Trukikaitis_Postimees, lk 155
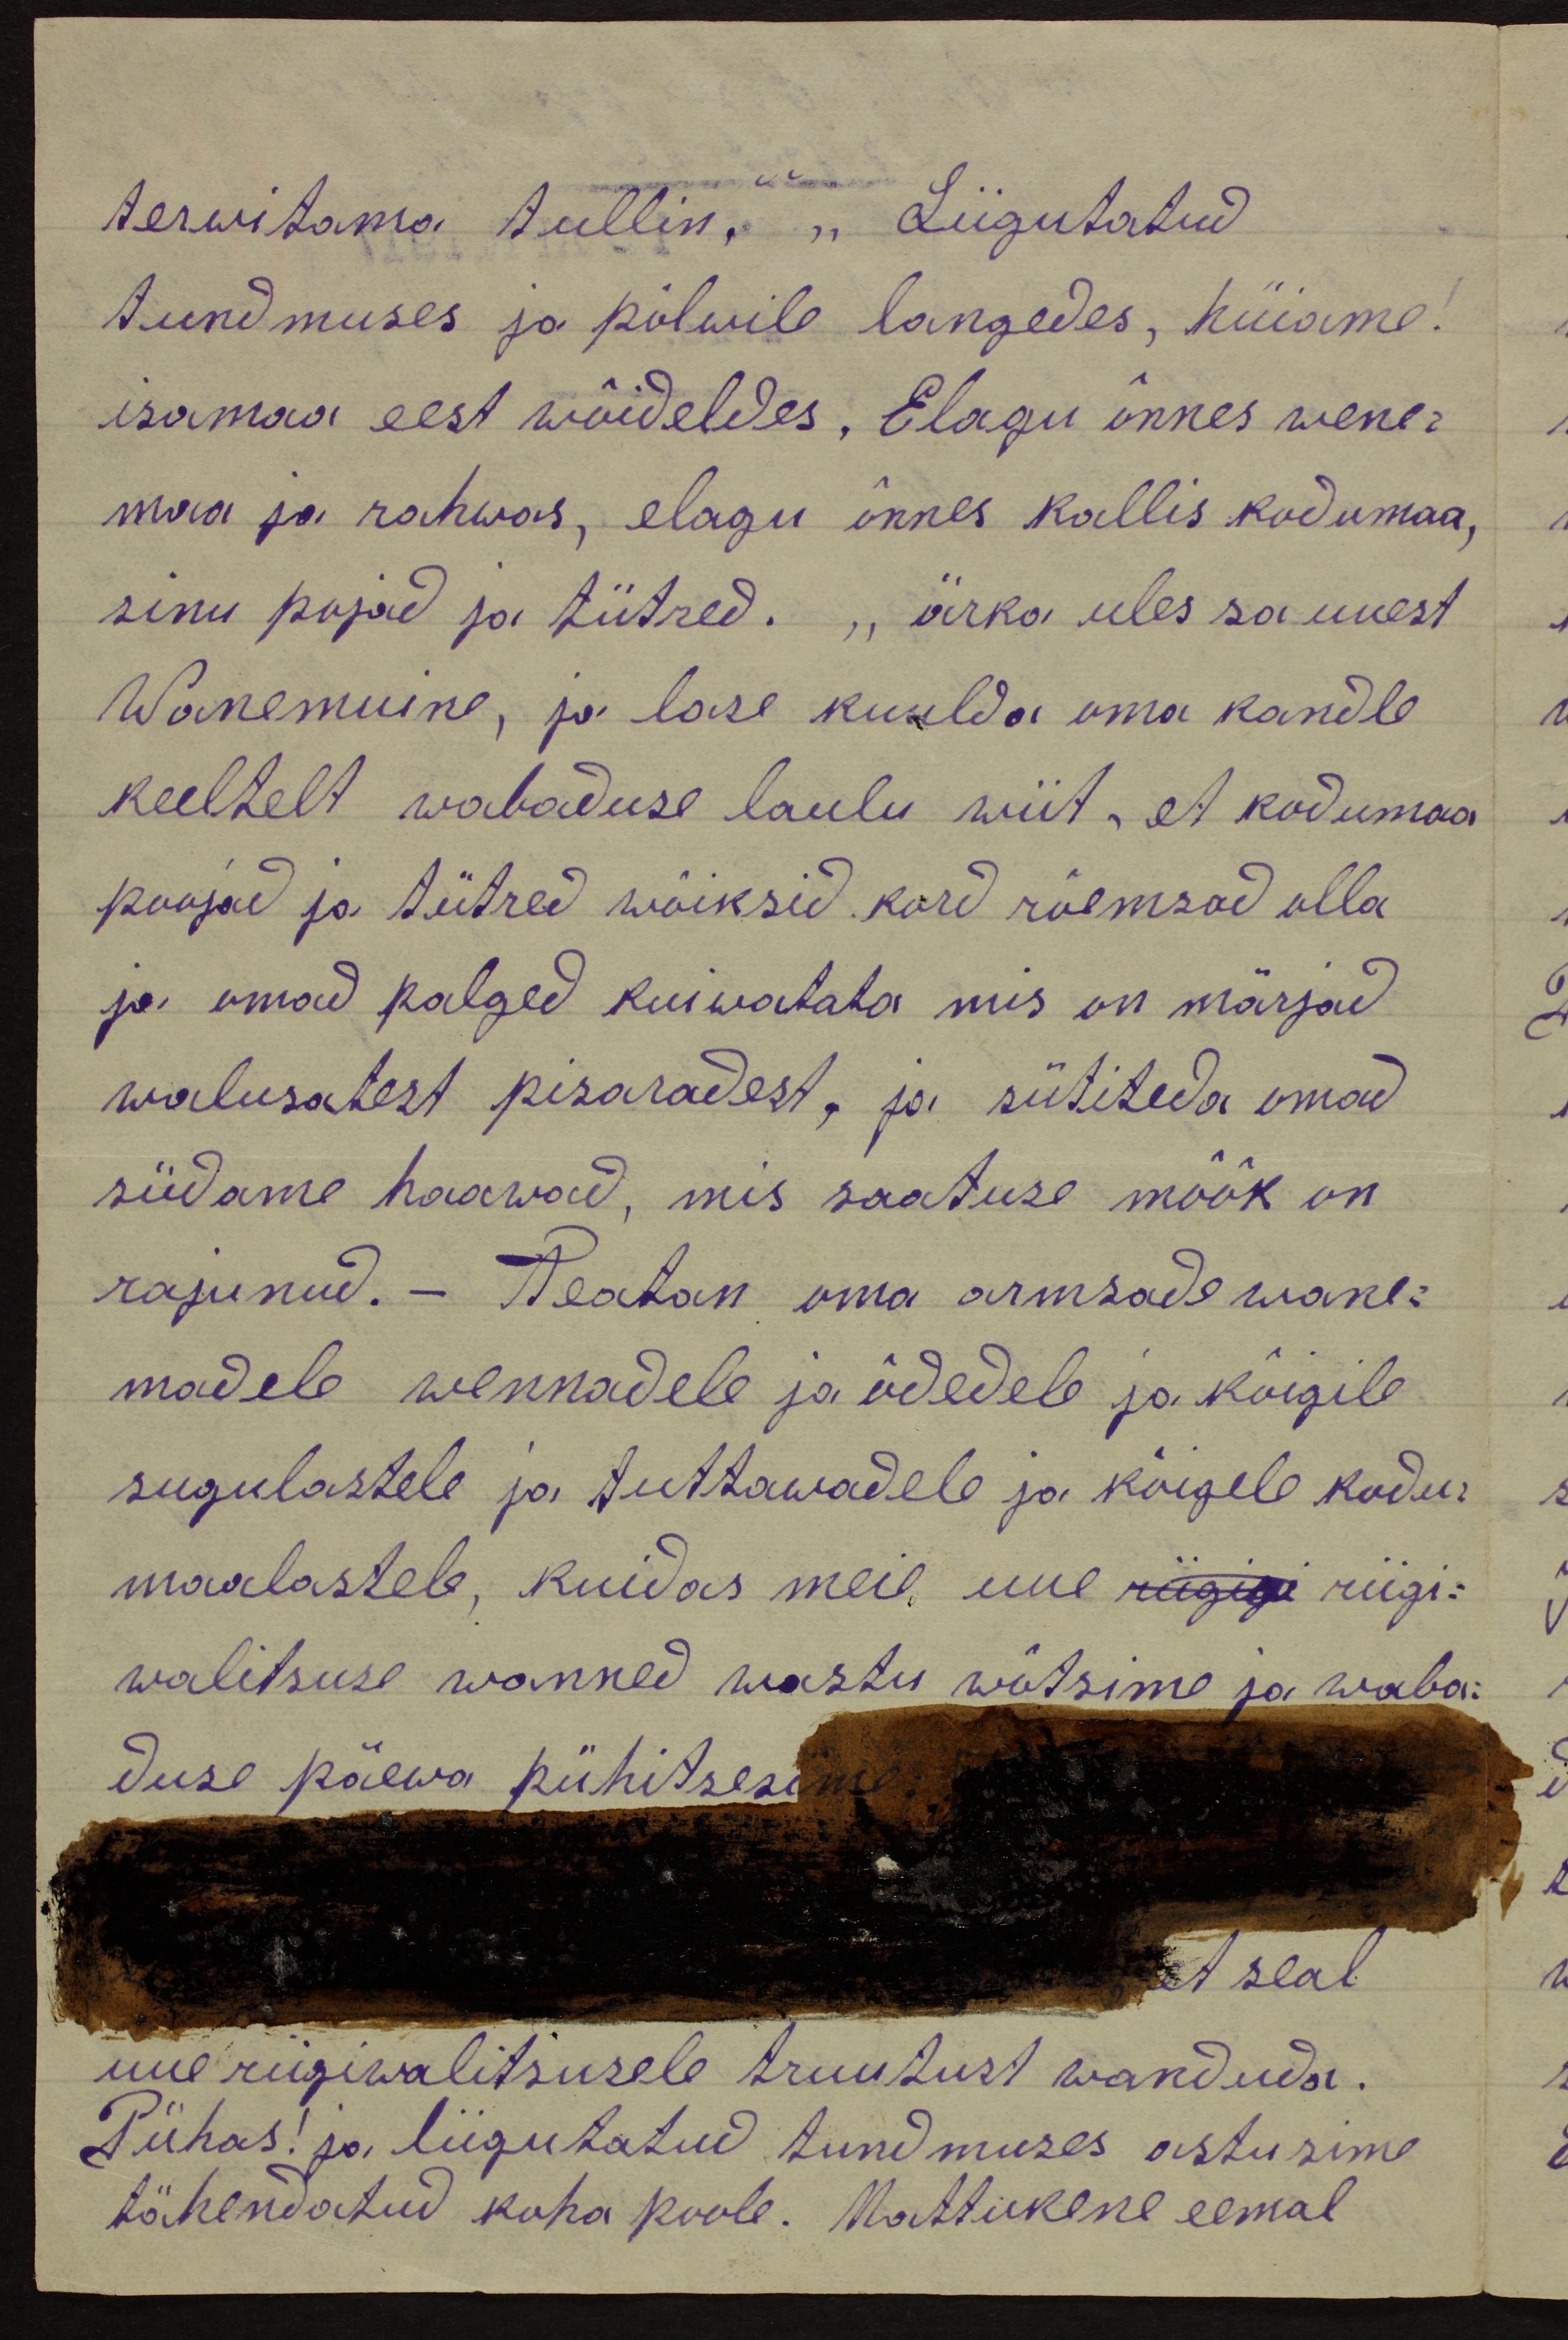
terwitama tullin." "Liigutatud
tundmuses ja põlwile langedes, hüiame!
isamaa eest wõideldes. Elagu õnnes wene-
maa ja rahwas, elagu õnnes kallis kodumaa,
sinu pojad ja tütred. „ärka üles sa unest
Wanemuine, ja lase kuulda oma kandle
keeltelt wabaduse laulu wiit, et kodumaa
poojad ja tütred wõiksid kord rõemsad olla
ja omad palged kuiwatata mis on märjad,
walusatest pisaradest, ja sütiteda omad
südame haawad, mis saatuse möök on
rajunud. - Teatan oma armsade wane-
madele wennadele ja õdedele ja kõigile
sugulastele ja tuttawadele ja kõigele kodu-
maalastele, kuidas meie uue riigigi riigi-
walitsuse wanned wastu wõtsime ja waba-
duse päewa pühitsesime

et seal
uue riigiwalitsusele truutust wanduda.
Pühas! ja liigutatud tundmuses astusime
tähendatud koha poole. Nattukene eemal